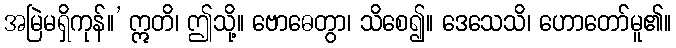
အမြဲမရှိကုန်။’ ဣတိ၊ ဤသို့။ ဗောဓေတွာ၊ သိစေ၍။ ဒေသေသိ၊ ဟောတော်မူ၏။